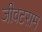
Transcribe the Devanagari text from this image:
जीवटराम